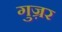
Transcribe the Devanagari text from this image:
गुज़्रर